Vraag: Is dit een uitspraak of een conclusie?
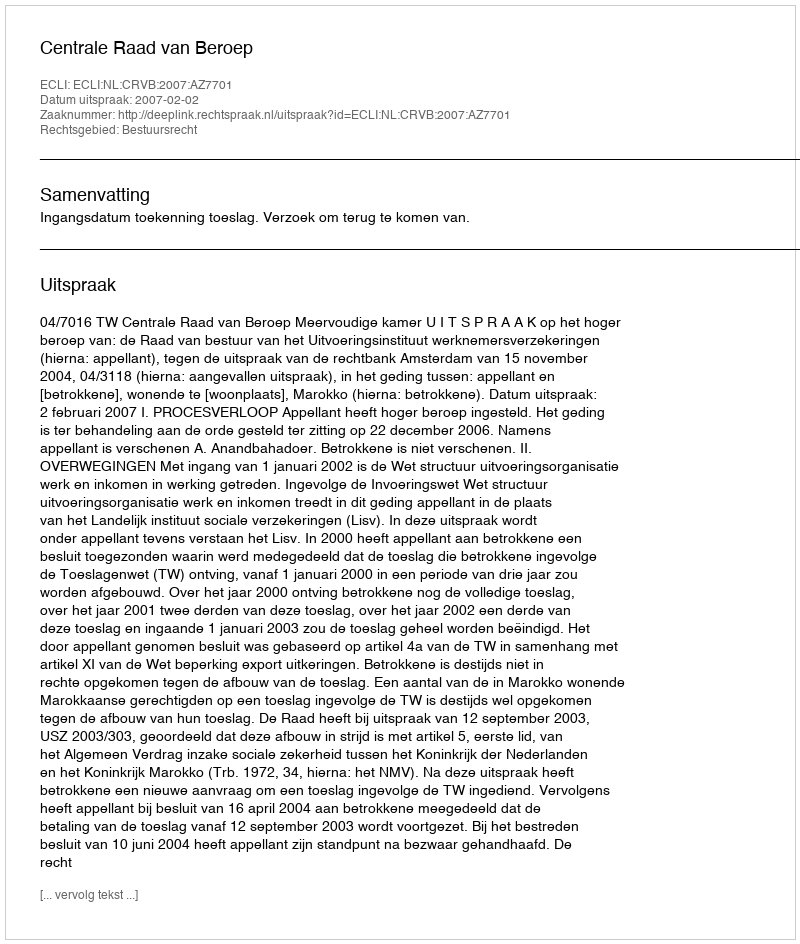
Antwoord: Uitspraak